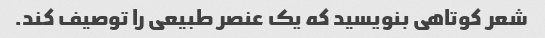
شعر کوتاهی بنویسید که یک عنصر طبیعی را توصیف کند.